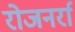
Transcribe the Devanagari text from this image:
रोजनर्रा